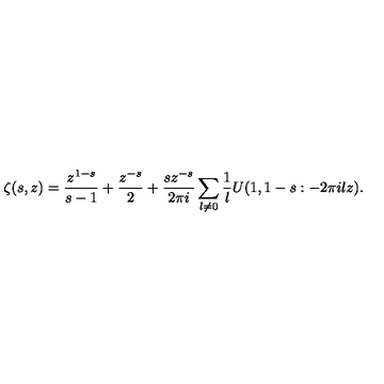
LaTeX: \zeta ( s , z ) = \frac { z ^ { 1 - s } } { s - 1 } + \frac { z ^ { - s } } { 2 } + \frac { s z ^ { - s } } { 2 \pi i } \sum _ { l \ne 0 } \frac 1 l U ( 1 , 1 - s : - 2 \pi i l z ) .